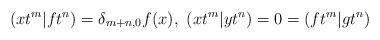
LaTeX: \begin{align*} (xt^m|f t^n)=\delta_{m+n,0}f(x),\ (xt^m|yt^n)=0=(ft^m|gt^n)\end{align*}